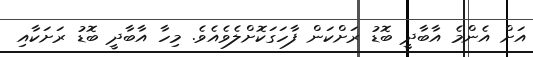
އަށް އެންމެ އާބާދީ ބޮޑު ރަށްކަން ފާހަގަކޮށްލެވެއެވެ. މިހާ އާބާދީ ބޮޑު ރަށަކާއި